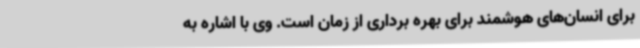
برای انسان‌های هوشمند برای بهره برداری از زمان است. وی با اشاره به